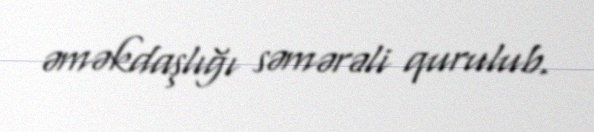
əməkdaşlığı səmərəli qurulub.